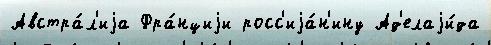
Австра́л'иjа Фра́нциjи росс'иjа́н'ину Ад'елаjи́да